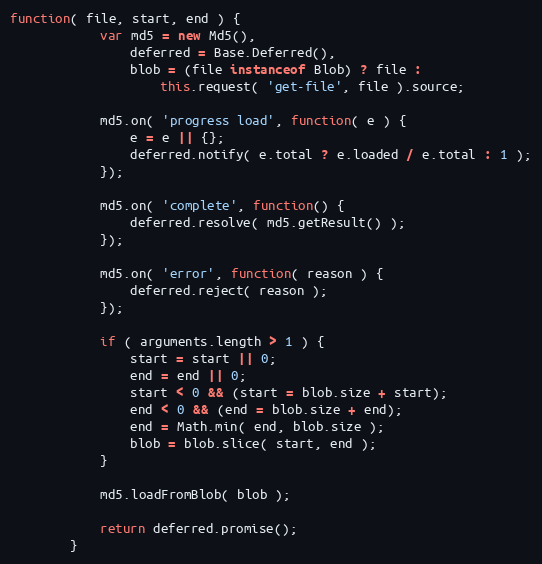
Language: JavaScript
function( file, start, end ) {
            var md5 = new Md5(),
                deferred = Base.Deferred(),
                blob = (file instanceof Blob) ? file :
                    this.request( 'get-file', file ).source;

            md5.on( 'progress load', function( e ) {
                e = e || {};
                deferred.notify( e.total ? e.loaded / e.total : 1 );
            });

            md5.on( 'complete', function() {
                deferred.resolve( md5.getResult() );
            });

            md5.on( 'error', function( reason ) {
                deferred.reject( reason );
            });

            if ( arguments.length > 1 ) {
                start = start || 0;
                end = end || 0;
                start < 0 && (start = blob.size + start);
                end < 0 && (end = blob.size + end);
                end = Math.min( end, blob.size );
                blob = blob.slice( start, end );
            }

            md5.loadFromBlob( blob );

            return deferred.promise();
        }